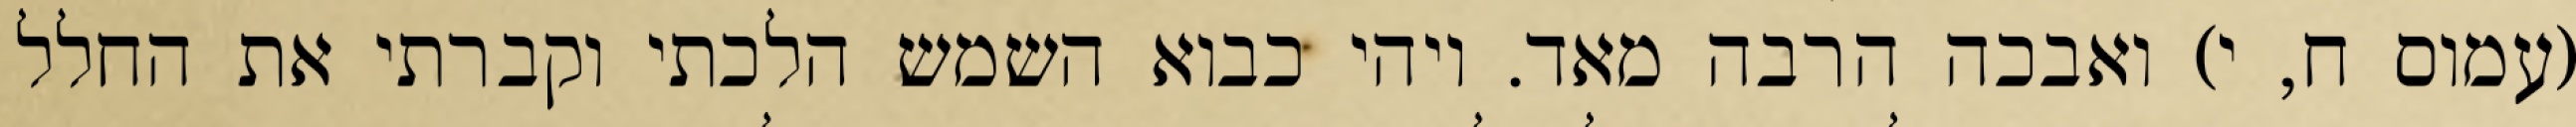
(עמוס ח, י) ואבכה הרבה מאד. ויהי כבוא השמש הלכתי וקברתי את החלל